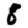
Digit: 8